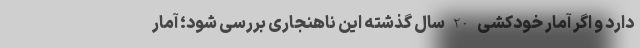
دارد و اگر آمار خودکشی 20 سال گذشته این ناهنجاری بررسی شود؛ آمار